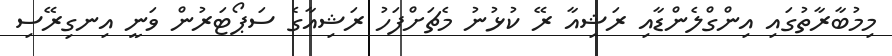
މިމުބާރާތުގައި އިންގްލެންޑާއި ރަޝިއާ ރޭ ކުޅުނު މެޗަށްފަހު ރަޝިއާގެ ސަޕޯޓަރުން ވަނީ އިނގިރޭސި